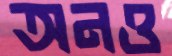
অনও